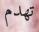
تھدم